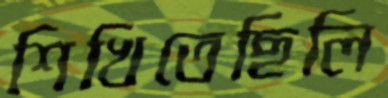
শিখিতেছিলি